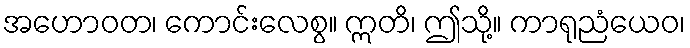
အဟောဝတ၊ ကောင်းလေစွ။ ဣတိ၊ ဤသို့။ ကာရုညံယေဝ၊